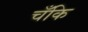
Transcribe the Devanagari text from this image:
चँकि